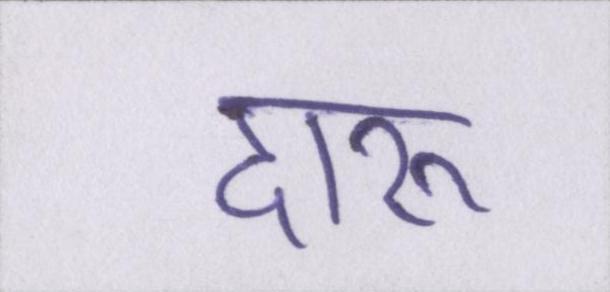
दारू